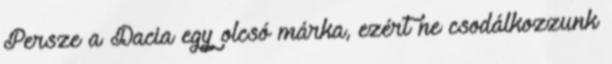
Persze a Dacia egy olcsó márka, ezért ne csodálkozzunk